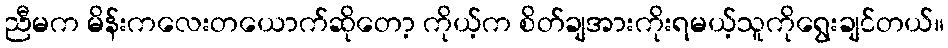
ညီမက မိန်းကလေးတယောက်ဆိုတော့ ကိုယ့်က စိတ်ချအားကိုးရမယ့်သူကိုရွေးချင်တယ်။